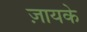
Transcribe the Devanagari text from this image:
ज़ायके